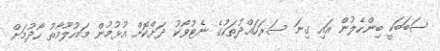
ސަބަބަކީ ބިންހެލުން އައި ގިނަ ސަރަހައްދުތަކުގެ ނެޓުވޯކު ދަށްކޮށް އުޅުމުން މައުލޫމާތު ހޯދުމަށް